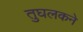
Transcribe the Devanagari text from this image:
तुघलकने